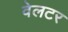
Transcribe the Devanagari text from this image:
वेलटर